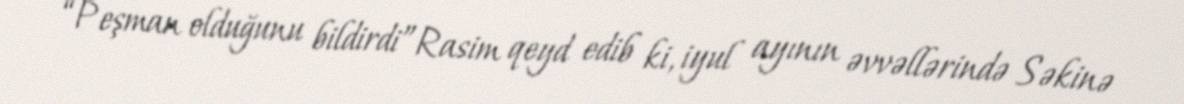
“Peşman olduğunu bildirdi”Rasim qeyd edib ki, iyul ayının əvvəllərində Səkinə